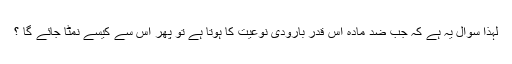
لہٰذا سوال یہ ہے کہ جب ضد مادّہ اس قدر بارودی نوعیت کا ہوتا ہے تو پھر اس سے کیسے نمٹا جائے گا ؟